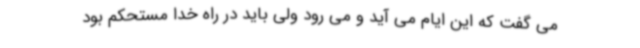
می گفت که این ایام می آید و می رود ولی باید در راه خدا مستحکم بود